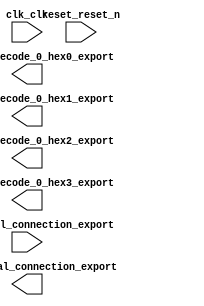

module qsyscpu (
	clk_clk,
	led_external_connection_export,
	quad_hex_decode_0_hex0_export,
	quad_hex_decode_0_hex1_export,
	quad_hex_decode_0_hex2_export,
	quad_hex_decode_0_hex3_export,
	reset_reset_n,
	sw_external_connection_export);	

	input		clk_clk;
	output	[9:0]	led_external_connection_export;
	output	[6:0]	quad_hex_decode_0_hex0_export;
	output	[6:0]	quad_hex_decode_0_hex1_export;
	output	[6:0]	quad_hex_decode_0_hex2_export;
	output	[6:0]	quad_hex_decode_0_hex3_export;
	input		reset_reset_n;
	input	[9:0]	sw_external_connection_export;
endmodule